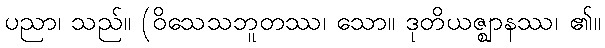
ပညာ၊ သည်။ (ဝိသေသဘူတဿ၊ သော။ ဒုတိယဇ္ဈာနဿ၊ ၏။